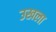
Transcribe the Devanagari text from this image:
उखला